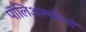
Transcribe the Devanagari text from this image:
पॉलिअल्कीनों